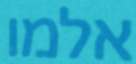
אלמו